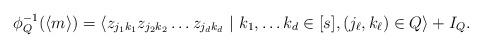
LaTeX: \begin{align*}\phi_Q^{-1}(\langle m \rangle) = \langle z_{j_1 k_1} z_{j_2 k_2} \ldots z_{j_d k_d} ~|~ k_1, \ldots k_d \in [s], (j_\ell, k_\ell) \in Q \rangle + I_Q.\end{align*}